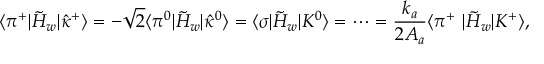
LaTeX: \langle { \pi ^ { + } | \tilde { H } _ { w } | \hat { \kappa } ^ { + } } \rangle = - \sqrt { 2 } \langle { \pi ^ { 0 } | \tilde { H } _ { w } | \hat { \kappa } ^ { 0 } } \rangle = \langle { \sigma | \tilde { H } _ { w } | K ^ { 0 } } \rangle = \cdots = { \frac { k _ { a } } { 2 A _ { a } } } \langle { \pi ^ { + } \, \, | \tilde { H } _ { w } | K ^ { + } } \rangle ,